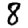
Digit: 8